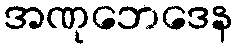
အဏုဘေဒေန